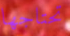
تحتاجها